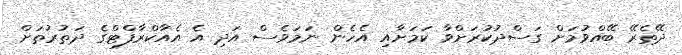
ދޭތެރޭ ބޭއްވުމަށް ގަސްދުކުރަށްވާ ކަމަށާއި އެހެން ނަމަވެސް އަދި އެ އެއާކްރާފްޓްގެ ދަތުރުތަށް